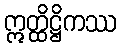
ဣတ္ထိဋ္ဌိကဿ